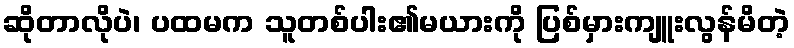
ဆိုတာလိုပဲ၊ ပထမက သူတစ်ပါး၏မယားကို ပြစ်မှားကျူးလွန်မိတဲ့